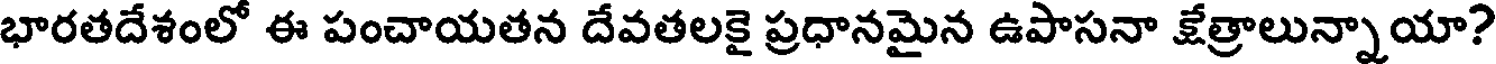
భారతదేశంలో ఈ పంచాయతన దేవతలకై ప్రధానమైన ఉపాసనా క్షేత్రాలున్నాయా?